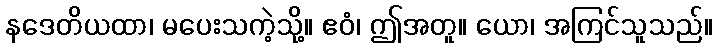
နဒေတိယထာ၊ မပေးသကဲ့သို့။ ဧဝံ၊ ဤအတူ။ ယော၊ အကြင်သူသည်။